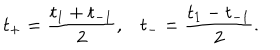
t _ { + } = \frac { t _ { 1 } + t _ { - 1 } } { 2 } , t _ { - } = \frac { t _ { 1 } - t _ { - 1 } } { 2 } .